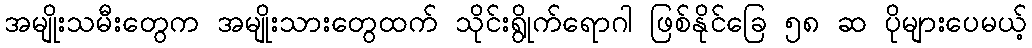
အမျိုးသမီးတွေက အမျိုးသားတွေထက် သိုင်းရွိုက်ရောဂါ ဖြစ်နိုင်ခြေ ၅၈ ဆ ပိုများပေမယ့်